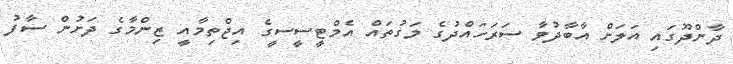
ދާންދޫގައި އަލަށް އާބާދުވާ ސަރަހައްދުގެ މަގުތައް އެމްޓީސީސީގެ އިޖްތިމާއީ ޒިންމާގެ ދަށުން ސާފު